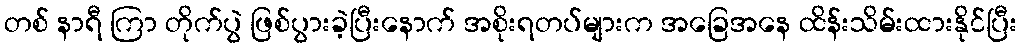
တစ် နာရီ ကြာ တိုက်ပွဲ ဖြစ်ပွားခဲ့ပြီးနောက် အစိုးရတပ်များက အခြေအနေ ထိန်းသိမ်းထားနိုင်ပြီး